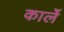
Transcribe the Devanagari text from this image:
कार्ले